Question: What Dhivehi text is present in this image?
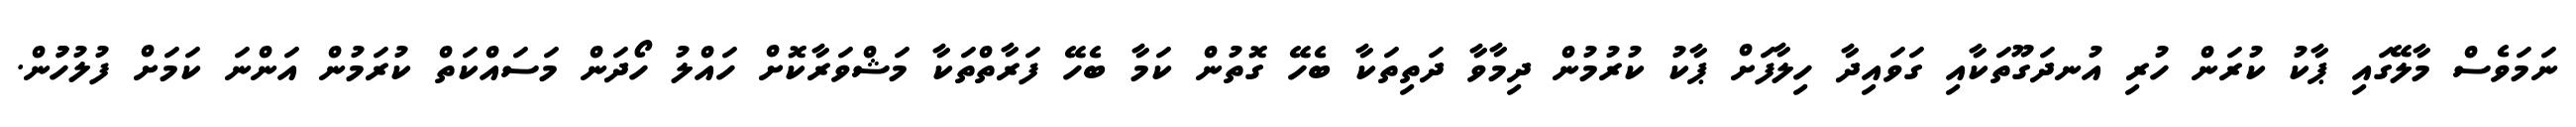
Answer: ނަމަވެސް މާލޭގައި ޕާކު ކުރަން ހުރި އުނދަގޫތަކާއި ގަވައިދާ ހިލާފަށް ޕާކު ކުރުމުން ދިމާވާ ދަތިތަކާ ބެހޭ ގޮތުން ކަމާ ބެހޭ ފަރާތްތަކާ މަޝްވަރާކޮށް ހައްލު ހޯދަން މަސައްކަތް ކުރަމުން އަންނަ ކަމަށް ފުލުހުުން.